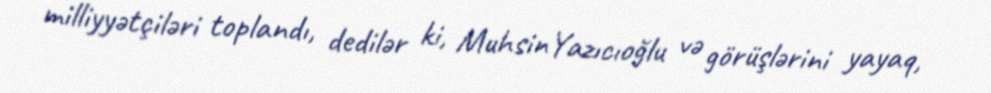
milliyyətçiləri toplandı, dedilər ki, MuhsinYazıcıoğlu və görüşlərini yayaq,